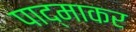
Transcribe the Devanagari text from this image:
पाद्माकर